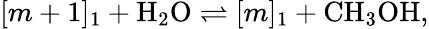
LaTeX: [m+1]_{1}+\mathrm{H}_{2}\mathrm{O}\rightleftharpoons[m]_{1}+\mathrm{CH}_{3}\mathrm{OH},